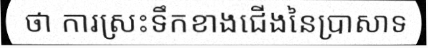
ថា ការស្រះទឹកខាងជើងនៃប្រាសាទ